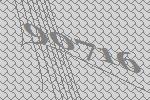
90716